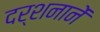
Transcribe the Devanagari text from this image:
दर्शनानें